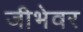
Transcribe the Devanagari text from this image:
जीभेवर